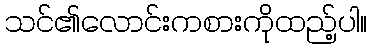
သင်၏လောင်းကစားကိုထည့်ပါ။